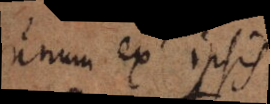
unum ex ipsis